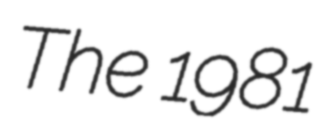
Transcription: The 1981